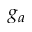
g _ { a }